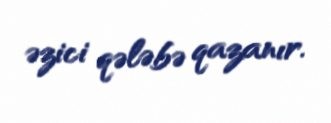
əzici qələbə qazanır.